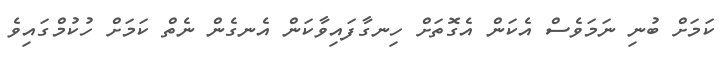
ކަމަށް ބުނި ނަމަވެސް އެކަން އެގޮތަށް ހިނގާފައިވާކަން އެނގެން ނެތް ކަމަށް ހުކުމްގައިވެ